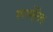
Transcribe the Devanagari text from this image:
स्परमेटिक